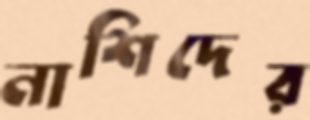
নাশিদের